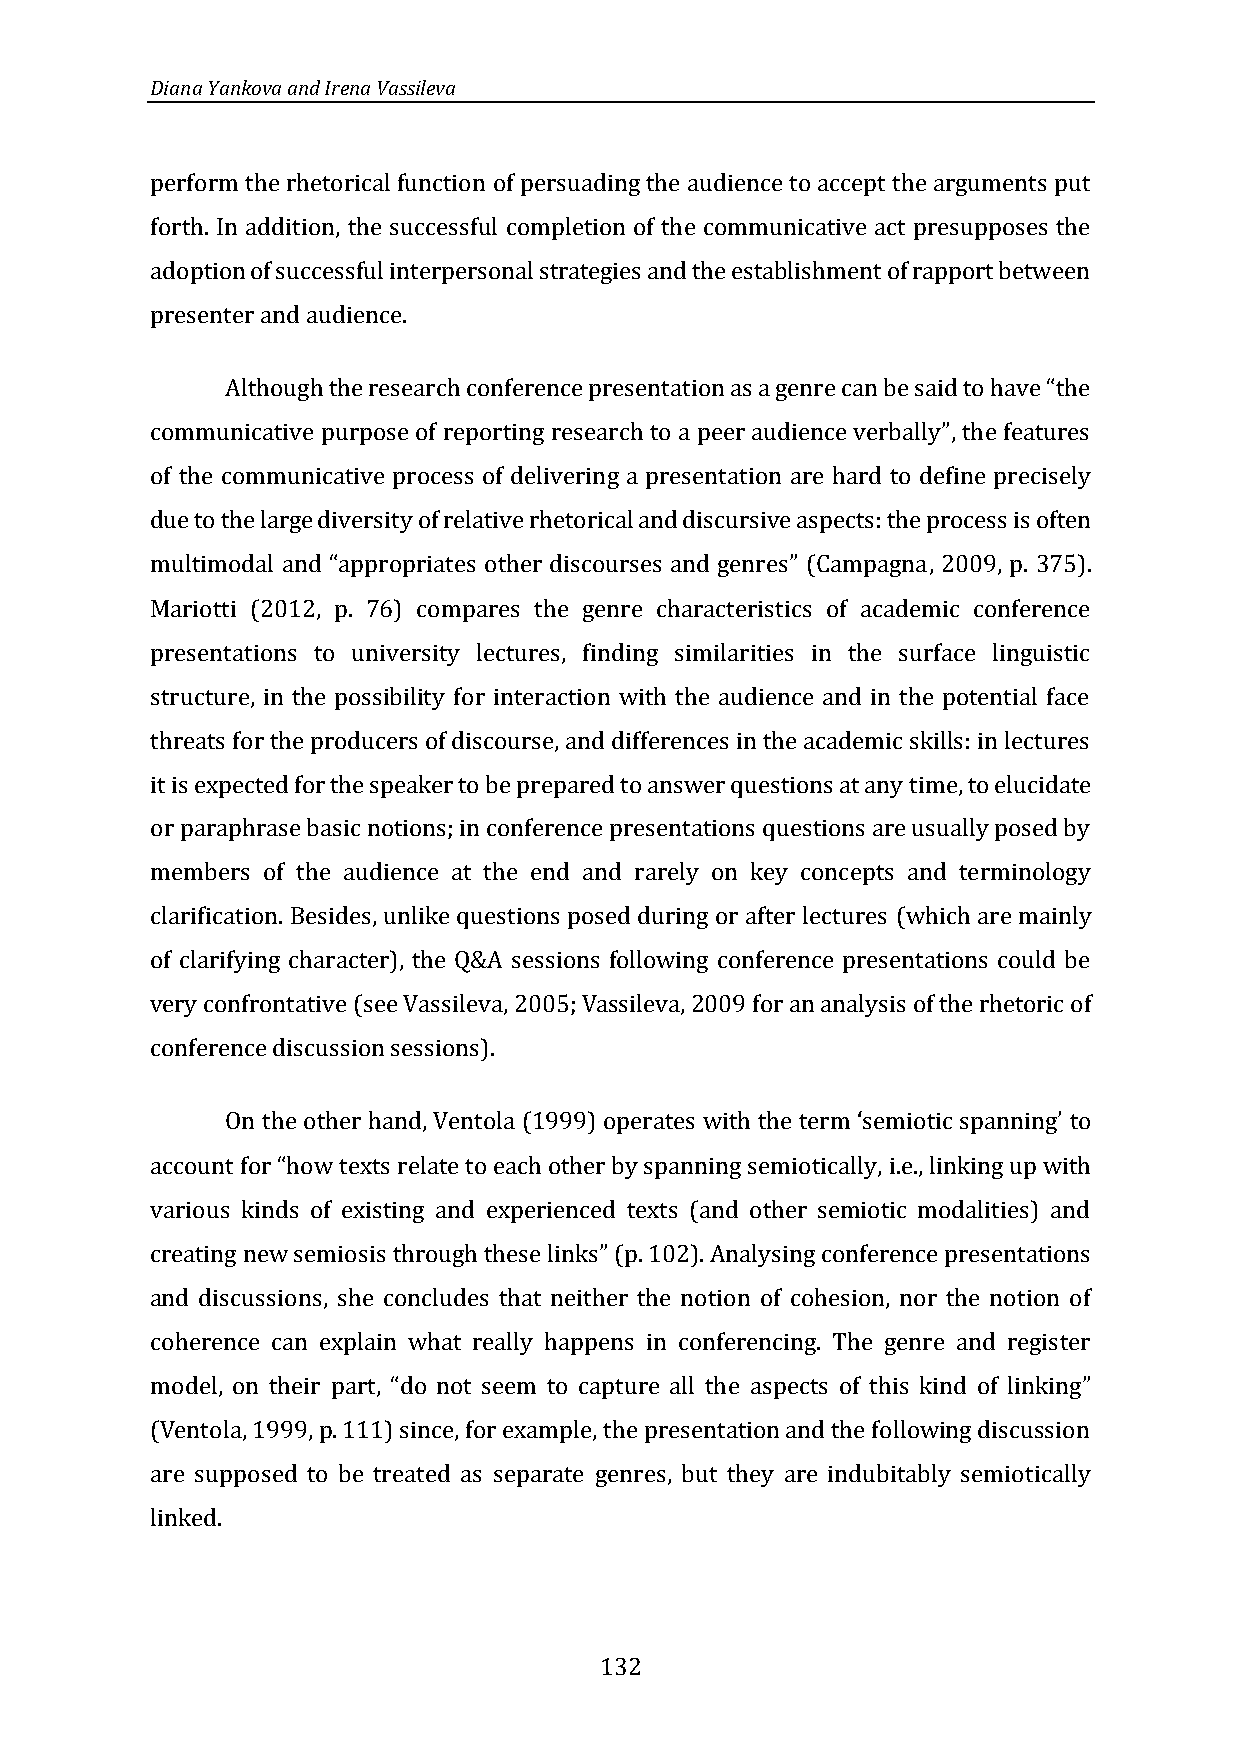
Diana Yankova and Irena Vassileva
 perform the rhetorical function of persuading the audience to accept the arguments put
 forth. In addition, the successful completion of the communicative act presupposes the
 adoption of successful interpersonal strategies and the establishment of rapport between
 presenter and audience.
 Although the research conference presentation as a genre can be said to have “the
 communicative purpose of reporting research to a peer audience verbally”, the features
 of the communicative process of delivering a presentation are hard to define precisely
 due to the large diversity of relative rhetorical and discursive aspects: the process is often
 multimodal and “appropriates other discourses and genres” (Campagna, 2009, p. 375).
 Mariotti (2012, p. 76) compares the genre characteristics of academic conference
 presentations to university lectures, finding similarities in the surface linguistic
 structure, in the possibility for interaction with the audience and in the potential face
 threats for the producers of discourse, and differences in the academic skills: in lectures
 it is expected for the speaker to be prepared to answer questions at any time, to elucidate
 or paraphrase basic notions; in conference presentations questions are usually posed by
 members of the audience at the end and rarely on key concepts and terminology
 clarification. Besides, unlike questions posed during or after lectures (which are mainly
 of clarifying character), the Q&A sessions following conference presentations could be
 very confrontative (see Vassileva, 2005; Vassileva, 2009 for an analysis of the rhetoric of
 conference discussion sessions).
 On the other hand, Ventola (1999) operates with the term ‘semiotic spanning’ to
 account for “how texts relate to each other by spanning semiotically, i.e., linking up with
 various kinds of existing and experienced texts (and other semiotic modalities) and
 creating new semiosis through these links” (p. 102). Analysing conference presentations
 and discussions, she concludes that neither the notion of cohesion, nor the notion of
 coherence can explain what really happens in conferencing. The genre and register
 model, on their part, “do not seem to capture all the aspects of this kind of linking”
 (Ventola, 1999, p. 111) since, for example, the presentation and the following discussion
 are supposed to be treated as separate genres, but they are indubitably semiotically
 linked.
 132